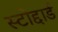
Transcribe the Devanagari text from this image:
स्टोद्दार्ड